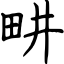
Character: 畊